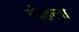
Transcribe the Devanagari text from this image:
लेहला